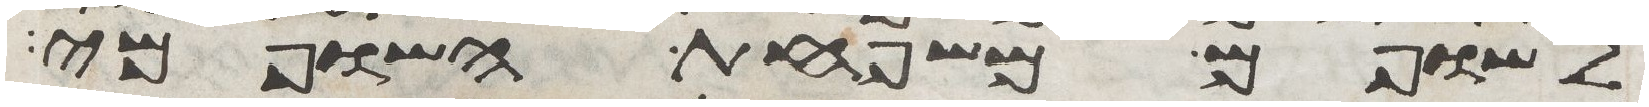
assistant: לשופם משפחת השופמי